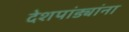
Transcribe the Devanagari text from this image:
देशपांड्यांना